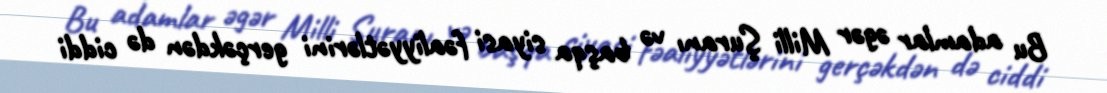
Bu adamlar əgər Milli Şuranı və başqa siyasi fəaliyyətlərini gerçəkdən də ciddi